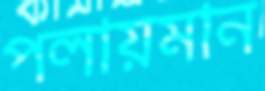
পলায়মান